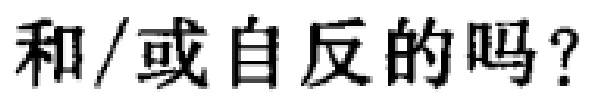
和/或自反的吗？